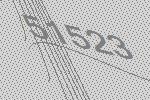
51523